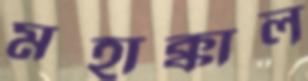
মহাক্কাল